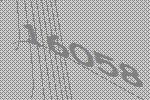
16058